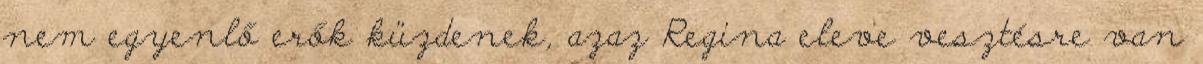
nem egyenlő erők küzdenek, azaz Regina eleve vesztésre van